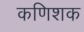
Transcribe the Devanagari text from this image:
कणिशक